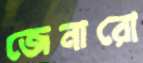
জেনারো